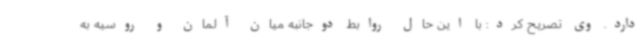
دارد. وی تصریح کرد: با این حال روابط دوجانبه میان آلمان و روسیه به